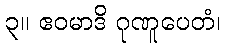
၃။ ဧဝမာဒိ ဂုဏူပေတံ၊